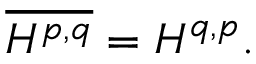
{ \overline { { H ^ { p , q } } } } = H ^ { q , p } .